Civil Veterinary Dept. North-West Frontier Province 1923-32 - 1923-1932
Year: 1923
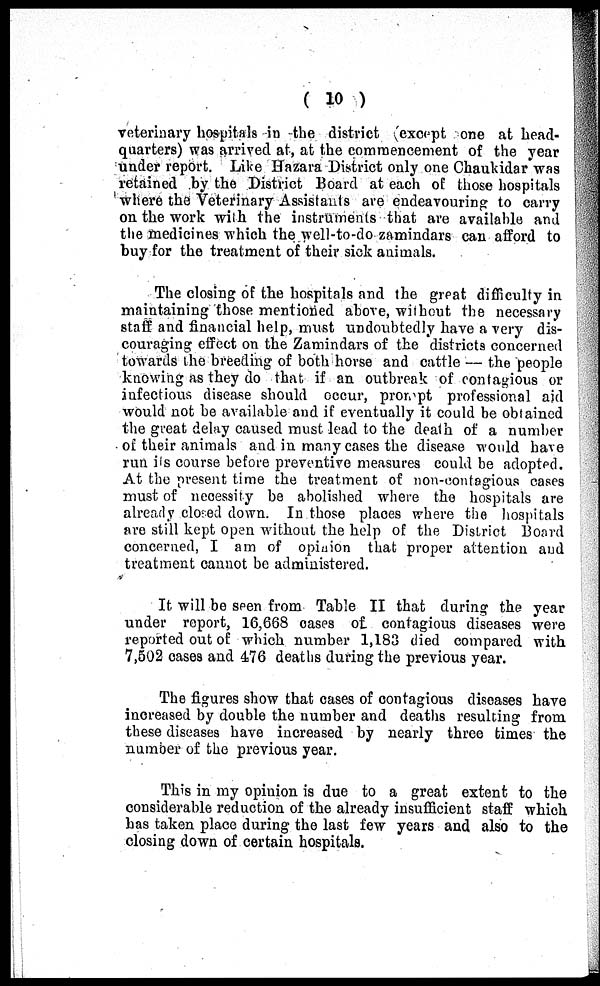
( 10 )
veterinary hospitals in the district (except one at head-
quarters) was arrived at, at the commencement of the year
under report. Like Hazara District only one Chaukidar was
retained by the District Board at each of those hospitals
where the Veterinary Assistants are endeavouring to carry
on the work with the instruments that are available and
the medicines which the well-to-do zamindars can afford to
buy for the treatment of their sick animals.
The closing of the hospitals and the great difficulty in
maintaining those mentioned above, without the necessary
staff and financial help, must undoubtedly have a very dis-
couraging effect on the Zamindars of the districts concerned
towards the breeding of both horse and cattle — the people
knowing as they do that if an outbreak of contagious or
infectious disease should occur, prompt professional aid
would not be available and if eventually it could be obtained
the great delay caused must lead to the death of a number
of their animals and in many cases the disease would have
run its course before preventive measures could be adopted.
At the present time the treatment of non-contagious cases
must of necessity be abolished where the hospitals are
already closed down. In those places where the hospitals
are still kept open without the help of the District Board
concerned, I am of opinion that proper attention and
treatment cannot be administered.
It will be seen from Table II that during the year
under report, 16,668 cases of contagious diseases were
reported out of which number 1,183 died compared with
7,502 cases and 476 deaths during the previous year.
The figures show that cases of contagious diseases have
increased by double the number and deaths resulting from
these diseases have increased by nearly three times the
number of the previous year.
This in my opinion is due to a great extent to the
considerable reduction of the already insufficient staff which
has taken place during the last few years and also to the
closing down of certain hospitals.